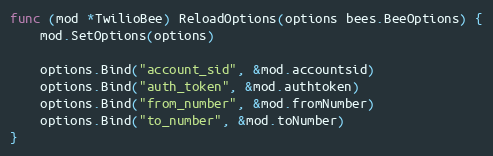
Language: Go
func (mod *TwilioBee) ReloadOptions(options bees.BeeOptions) {
	mod.SetOptions(options)

	options.Bind("account_sid", &mod.accountsid)
	options.Bind("auth_token", &mod.authtoken)
	options.Bind("from_number", &mod.fromNumber)
	options.Bind("to_number", &mod.toNumber)
}